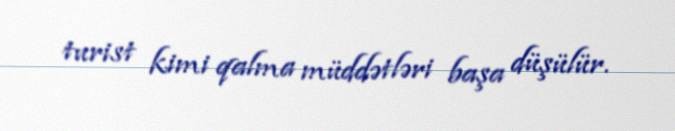
turist kimi qalma müddətləri başa düşülür.